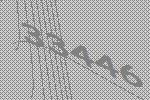
33446